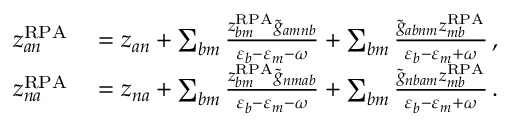
\begin{array} { r l } { z _ { a n } ^ { \mathrm { R P A } } } & { { } = z _ { a n } + \sum _ { b m } \frac { z _ { b m } ^ { \mathrm { R P A } } \tilde { g } _ { a m n b } } { \varepsilon _ { b } - \varepsilon _ { m } - \omega } + \sum _ { b m } \frac { \tilde { g } _ { a b n m } z _ { m b } ^ { \mathrm { R P A } } } { \varepsilon _ { b } - \varepsilon _ { m } + \omega } \, , } \\ { z _ { n a } ^ { \mathrm { R P A } } } & { { } = z _ { n a } + \sum _ { b m } \frac { z _ { b m } ^ { \mathrm { R P A } } \tilde { g } _ { n m a b } } { \varepsilon _ { b } - \varepsilon _ { m } - \omega } + \sum _ { b m } \frac { \tilde { g } _ { n b a m } z _ { m b } ^ { \mathrm { R P A } } } { \varepsilon _ { b } - \varepsilon _ { m } + \omega } \, . } \end{array}